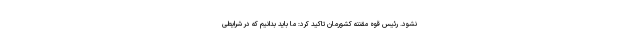
نشود. رئیس قوه مقننه کشورمان تاکید کرد: ما باید بدانیم که در شرایطی